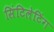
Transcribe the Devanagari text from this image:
सिंटिलेटिंग